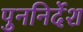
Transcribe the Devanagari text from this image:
पुननिर्देश